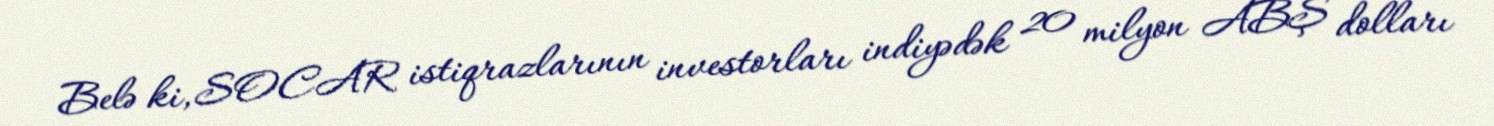
Belə ki, SOCAR istiqrazlarının investorları indiyədək 20 milyon ABŞ dolları